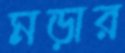
মড়ার